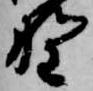
野